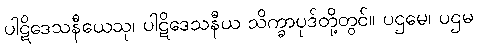
ပါဋိဒေသနီယေသု၊ ပါဋိဒေသနီယ သိက္ခာပုဒ်တို့တွင်။ ပဌမေ၊ ပဌမ